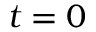
t = 0